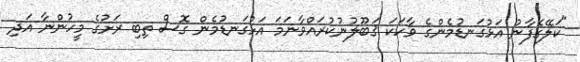
"ކަލޭގެފާނު އަޅުގަނޑުމެންގެ ވާހަކަ ޤަބޫލުނުކުރައްވާނަމަ އަޅުގަނޑުމެން ގޮސް ތިބި ރަށުގެ މީހުންނާ އަދި